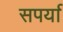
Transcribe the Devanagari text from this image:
सपर्या